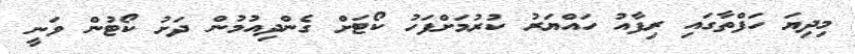
މިދިޔަ ހަފްތާގައި ރިފާއު ހައްޔަރު ކުރުމަށްފަހު ކޯޓަށް ގެންދިއުމުން ދަށު ކޯޓުން ވަނީ